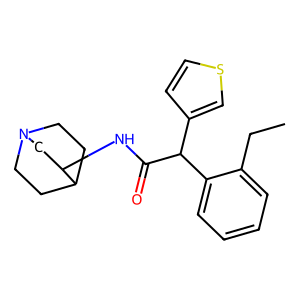
SMILES: CCc1ccccc1C(C(=O)NC1CN2CCC1CC2)c1ccsc1
Inhibits HIV replication: No